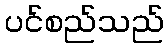
ပင်စည်သည်